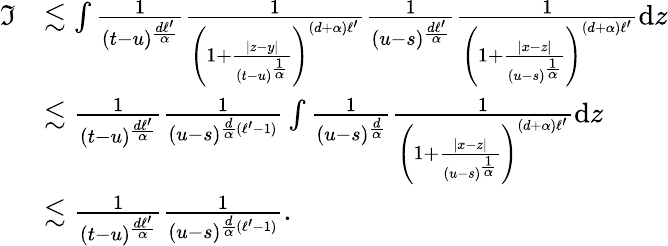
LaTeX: \begin{array}{rl}{\mathfrak{I}}&{\lesssim\int\frac{1}{(t-u)^{\frac{d\ell^{\prime}}{\alpha}}}\frac{1}{\left(1+\frac{|z-y|}{(t-u)^{\frac{1}{\alpha}}}\right)^{(d+\alpha)\ell^{\prime}}}\frac{1}{(u-s)^{\frac{d\ell^{\prime}}{\alpha}}}\frac{1}{\left(1+\frac{|x-z|}{(u-s)^{\frac{1}{\alpha}}}\right)^{(d+\alpha)\ell^{\prime}}}\mathrm{d}z}\\ &{\lesssim\frac{1}{(t-u)^{\frac{d\ell^{\prime}}{\alpha}}}\frac{1}{(u-s)^{\frac{d}{\alpha}(\ell^{\prime}-1)}}\int\frac{1}{(u-s)^{\frac{d}{\alpha}}}\frac{1}{\left(1+\frac{|x-z|}{(u-s)^{\frac{1}{\alpha}}}\right)^{(d+\alpha)\ell^{\prime}}}\mathrm{d}z}\\ &{\lesssim\frac{1}{(t-u)^{\frac{d\ell^{\prime}}{\alpha}}}\frac{1}{(u-s)^{\frac{d}{\alpha}(\ell^{\prime}-1)}}.}\end{array}